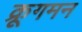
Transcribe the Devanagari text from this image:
क्रूगमन